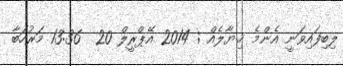
ލިބިފައިވަނީ އެންމެ ޚިޔާލެއް ; 2014 އޭޕްރީލް 20  13:36 މަރުހަބާ